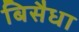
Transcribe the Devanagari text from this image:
बिसैधा